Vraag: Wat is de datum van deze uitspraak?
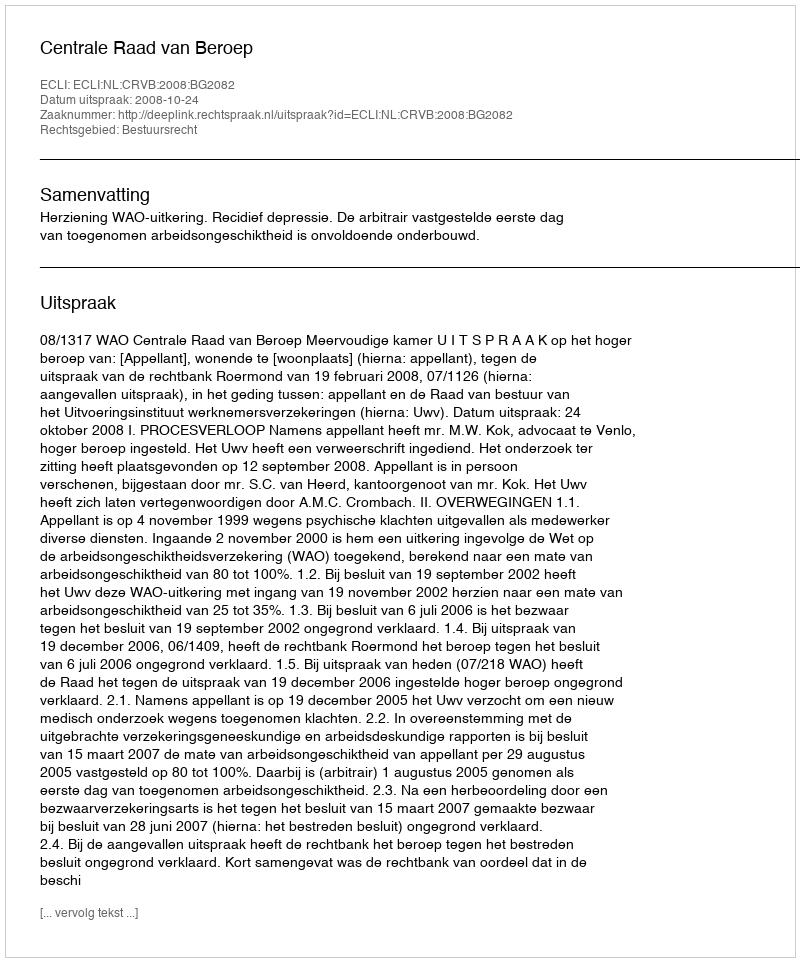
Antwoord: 2008-10-24